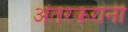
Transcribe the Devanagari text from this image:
अंतरकरांनी